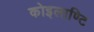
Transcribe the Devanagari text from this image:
कोइलाण्टि